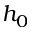
h _ { 0 }